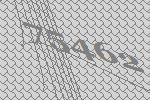
75462